Bombay plague: being a history of the progress of plague in the Bombay presidency from September 1896 to June 1899
Year: 1896
Disease focus: Plague
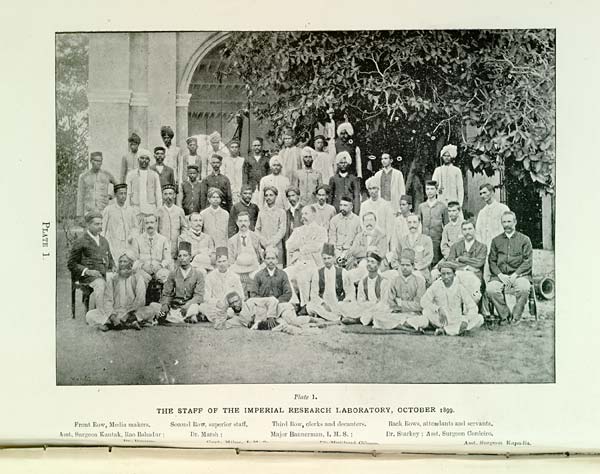
PLATE 1.
Plate 1.
THE STAFF OF THE IMPERIAL RESEARCH LABORATORY, OCTOBER 1899.
Front Row, Media makers.
Second Row, superior staff.
Third Row, clerks and decanters.
Back Rows, attendants and servants.
Asst. Surgeon Kantak, Rao Bahadur;
Dr. Marsh;
Major Bannerman, I. M. S.;
Dr. Starkey; Asst. Surgeon Cordeiro.
Dr.
Hanna.
Capt.
Milne,
I.
M.
S.
Dr.
Maitland
Gibson.
Asst. Surgeon Kapadia.